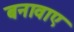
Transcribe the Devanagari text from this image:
बनावाए